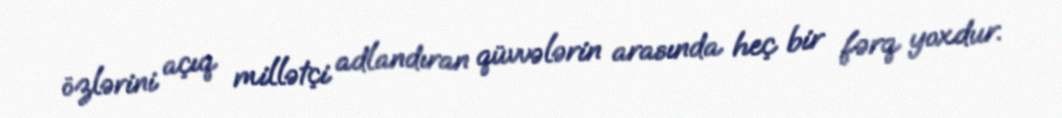
özlərini açıq millətçi adlandıran qüvvələrin arasında heç bir fərq yoxdur.